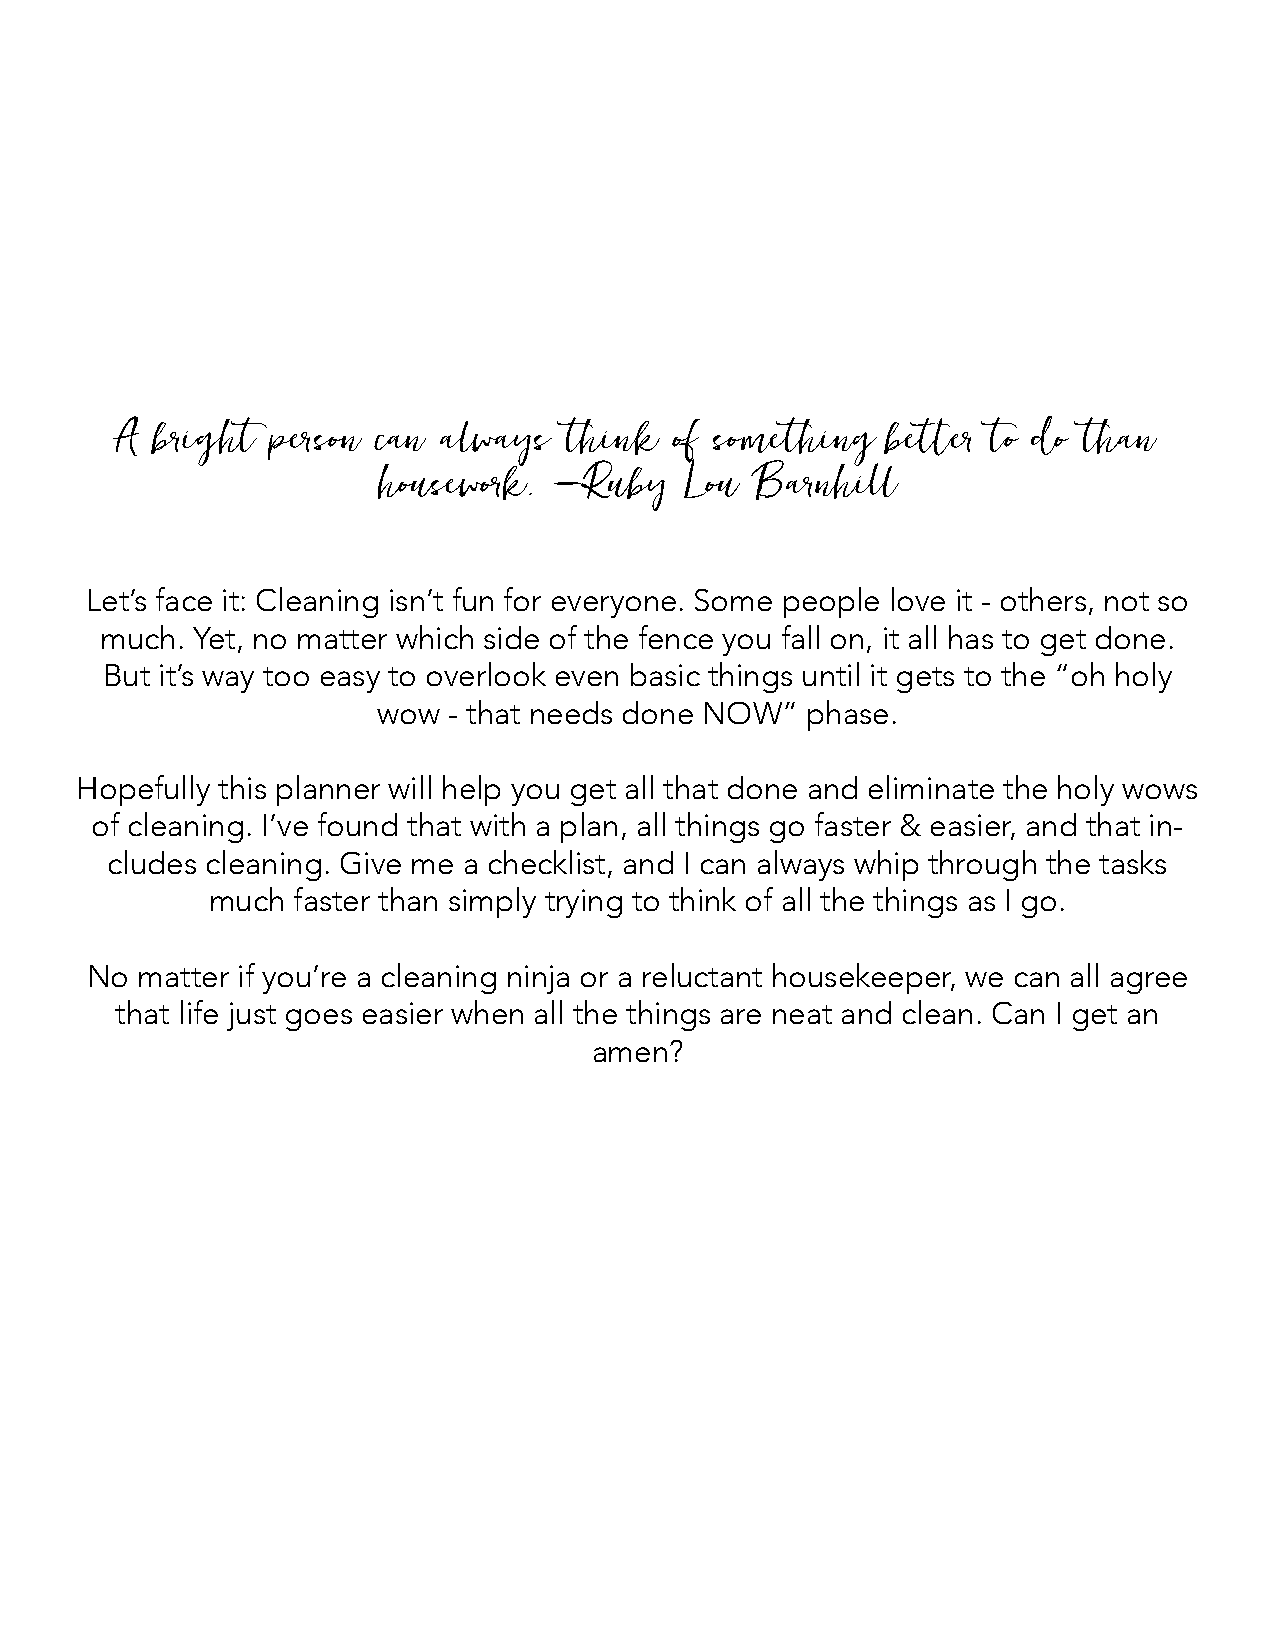
A bright  person can always   think  of something  better to do than
 housework.  —Ruby   Lou  Barnhill
 Let’s face it: Cleaning isn’t fun for everyone. Some people love it - others, not so
 much. Yet, no matter which side of the fence you fall on, it all has to get done.
 But it’s way too easy to overlook even basic things until it gets to the “oh holy
 wow  - that needs done NOW” phase.
 Hopefully this planner will help you get all that done and eliminate the holy wows
 of cleaning. I’ve found that with a plan, all things go faster & easier, and that in-
 cludes cleaning. Give me a checklist, and I can always whip through the tasks
 much faster than simply trying to think of all the things as I go.
 No matter if you’re a cleaning ninja or a reluctant housekeeper, we can all agree
 that life just goes easier when all the things are neat and clean. Can I get an
 amen?